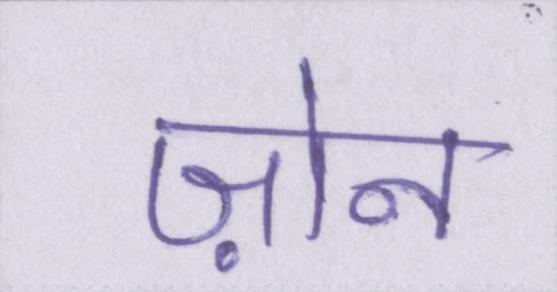
ज़ोन